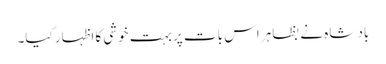
باد شاہ نے بظاہر اس بات پر بہت خوشی کا اظہار کیا۔